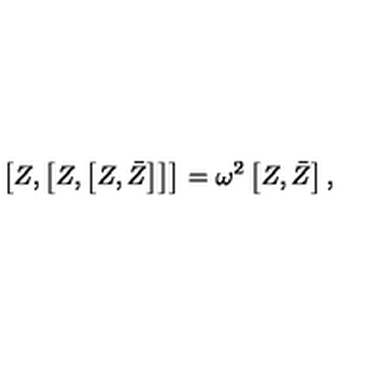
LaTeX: \left[ Z , \left[ Z , \left[ Z , \bar { Z } \right] \right] \right] = \omega ^ { 2 } \left[ Z , \bar { Z } \right] ,